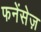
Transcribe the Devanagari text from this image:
फनेंसेज़